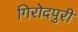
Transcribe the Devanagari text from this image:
गिरोदपुरी